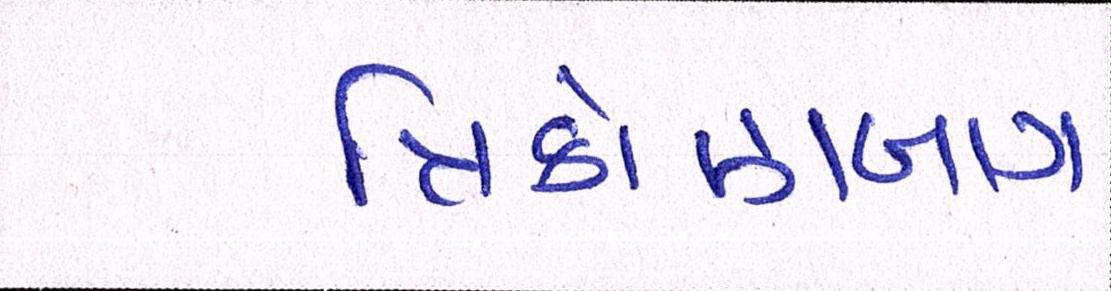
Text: ત્રિકોણબાગ